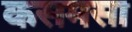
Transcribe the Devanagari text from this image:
कसमसा